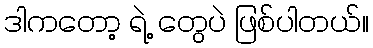
ဒါကတော့ ရဲ့ တွေပဲ ဖြစ်ပါတယ်။